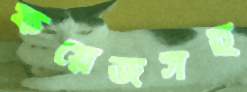
ফয়েজসহ